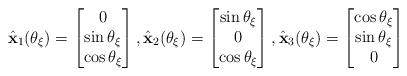
LaTeX: \begin{align*}\hat{\mathbf x}_1(\theta_\xi )=\begin{bmatrix}0\\ \sin \theta_\xi \\ \cos \theta_\xi\end{bmatrix},\hat{\mathbf x}_2(\theta_\xi )=\begin{bmatrix}\sin \theta_\xi\\ 0 \\ \cos \theta_\xi\end{bmatrix},\hat{\mathbf x}_3(\theta_\xi )=\begin{bmatrix} \cos \theta_\xi \\ \sin \theta_\xi \\ 0\end{bmatrix}\end{align*}